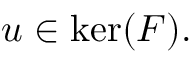
u \in \ker ( F ) .